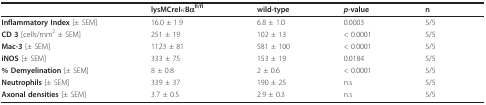
<table><thead><tr><td></td><td><b>lysMCreIκBα<sup>fl/fl</sup></b></td><td><b>wild-type</b></td><td><b><i>p</i>-value</b></td><td><b>n</b></td></tr></thead><tbody><tr><td><b>Inflammatory Index </b>[± SEM]</td><td>16.0 ± 1.9</td><td>6.8 ± 1.0</td><td>0.0003</td><td>5/5</td></tr><tr><td><b>CD 3 </b>[cells/mm<sup>2 </sup>± SEM]</td><td>251 ± 19</td><td>102 ± 13</td><td>&lt; 0.0001</td><td>5/5</td></tr><tr><td><b>Mac-3 </b>[± SEM]</td><td>1123 ± 81</td><td>581 ± 100</td><td>&lt; 0.0001</td><td>5/5</td></tr><tr><td><b>iNOS </b>[± SEM]</td><td>333 ± 75</td><td>153 ± 19</td><td>0.0184</td><td>5/5</td></tr><tr><td><b>% Demyelination </b>[± SEM]</td><td>8 ± 0.8</td><td>2 ± 0.6</td><td>&lt; 0.0001</td><td>5/5</td></tr><tr><td><b>Neutrophils </b>[± SEM]</td><td>339 ± 37</td><td>190 ± 25</td><td>n.s</td><td>5/5</td></tr><tr><td><b>Axonal densities </b>[± SEM]</td><td>3.7 ± 0.5</td><td>2.9 ± 0.3</td><td>n.s</td><td>5/5</td></tr></tbody></table>